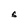
Character: S